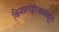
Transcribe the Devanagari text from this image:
किनारपट्टीजवळून